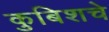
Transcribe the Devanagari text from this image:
कुबिशचे